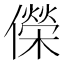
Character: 儝